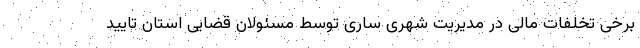
برخی تخلفات مالی در مدیریت شهری ساری توسط مسئولان قضایی استان تایید